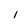
Character: I